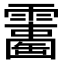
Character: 𩆘